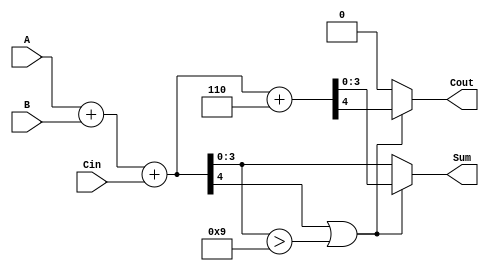
module BCD_Parallel_Adder (
    input  wire [3:0] A,    // First BCD digit
    input  wire [3:0] B,    // Second BCD digit
    input  wire Cin,        // Carry-in
    output reg  [3:0] Sum,  // Resulting BCD digit
    output reg  Cout        // Carry-out
);

    wire [4:0] S;           // Intermediate sum (5 bits to accommodate carry)
    wire correction_needed;  // Signal to determine if correction is needed
    wire [4:0] corrected_sum; // Corrected sum if needed

    // Step 1: Binary addition
    assign S = A + B + Cin;

    // Step 2: Check if correction is needed
    assign correction_needed = S[4] || (S[3:0] > 4'b1001);

    // Step 3: Correction logic
    always @(*) begin
        if (correction_needed) begin
            // Add 6 (0110) to the sum
            {Cout, Sum} = S + 5'b00110; // Adding 6 to the sum
        end else begin
            // No correction needed
            Cout = 1'b0;
            Sum = S[3:0]; // Take the lower 4 bits of S
        end
    end

endmodule